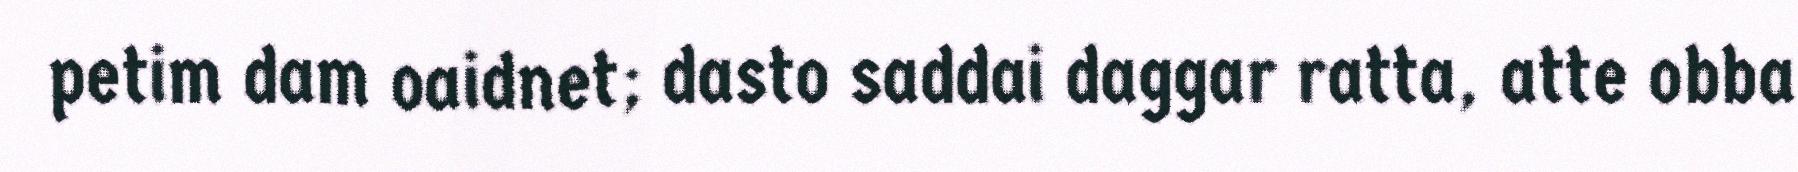
petim dam oaidnet; dasto saddai daggar ratta, atte obba